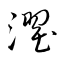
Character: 濯